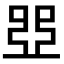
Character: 𠁁